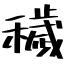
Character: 穢